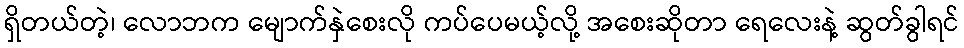
ရှိတယ်တဲ့၊ လောဘက မျောက်နှဲစေးလို ကပ်ပေမယ့်လို့ အစေးဆိုတာ ရေလေးနဲ့ ဆွတ်ခွါရင်